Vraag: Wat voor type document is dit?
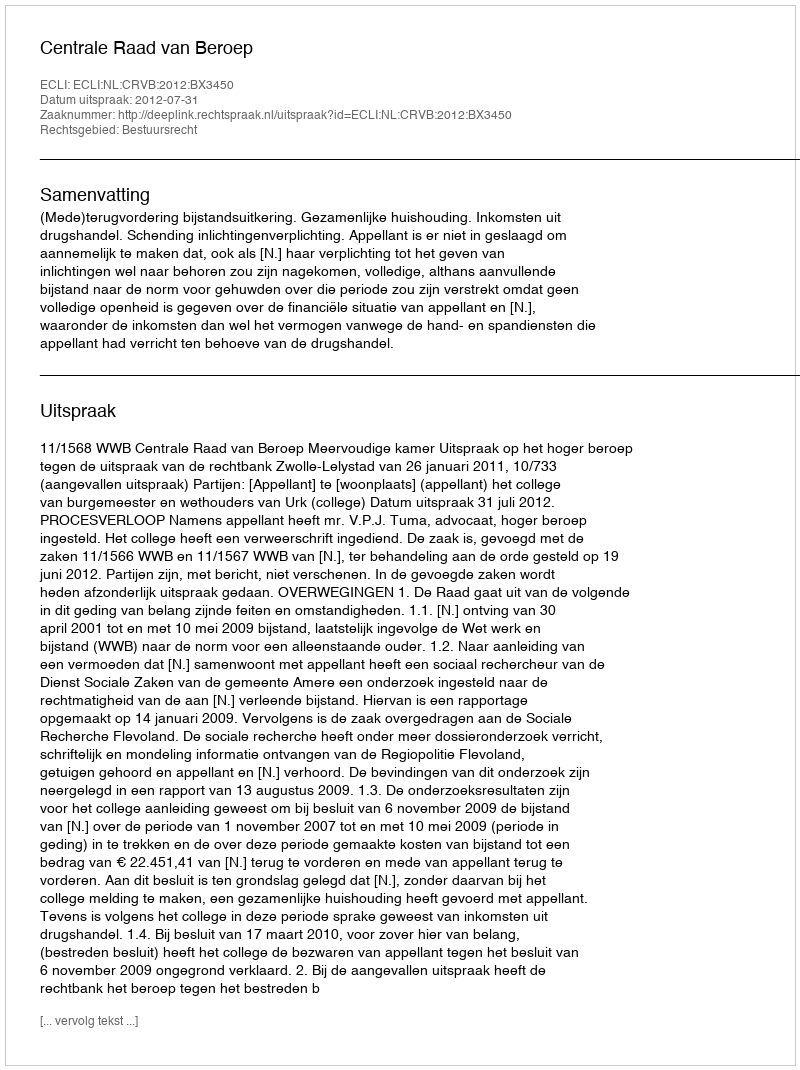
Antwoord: Uitspraak